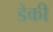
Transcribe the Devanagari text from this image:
डेकी